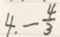
4 . - \frac { 4 } { 3 }